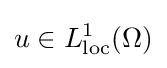
u\in L_{\text{loc}}^{1}(\Omega )